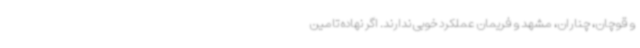
و قوچان، چناران، مشهد و فریمان عملکرد خوبی ندارند. اگر نهاده‌ تامین